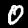
Digit: 0